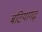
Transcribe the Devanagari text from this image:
बटियागढ़